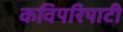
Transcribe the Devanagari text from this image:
कविपरिपाटी